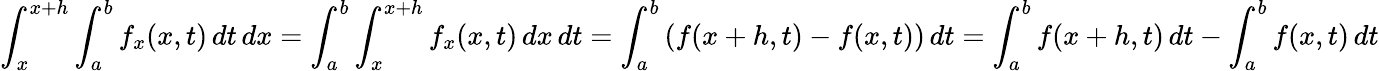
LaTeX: \int_{x}^{x+h}\int_{a}^{b}f_{x}(x,t)\, dt\, dx=\int_{a}^{b}\int_{x}^{x+h}f_{x}(x,t)\, dx\, dt=\int_{a}^{b}\left(f(x+h,t)-f(x,t)\right)\, dt=\int_{a}^{b}f(x+h,t)\, dt-\int_{a}^{b}f(x,t)\, dt